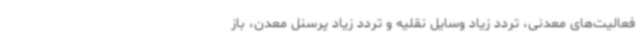
فعالیت‌های معدنی، تردد زیاد وسایل نقلیه و تردد زیاد پرسنل معدن، باز